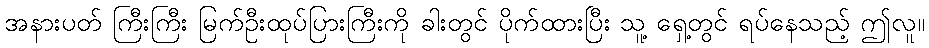
အနားပတ် ကြီးကြီး မြက်ဦးထုပ်ပြားကြီးကို ခါးတွင် ပိုက်ထားပြီး သူ့ ရှေ့တွင် ရပ်နေသည့် ဤလူ။